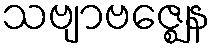
သဗျာဗဇ္ဈေန